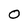
Character: O